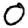
Digit: 0